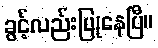
ခွင့်လည်းပြုနေပြီ။